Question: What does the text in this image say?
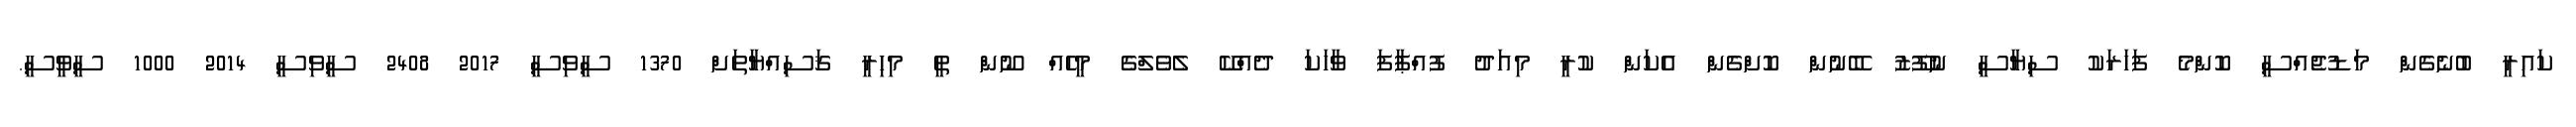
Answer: ކައިރީ ބުނެގެން މަޑުޖެއްސީ ކޮންމެ ފަހަރަކު ސިޔާސީ ނުފޫޒު ބޭނުން ކޮށްގެން އެކަން ކުރީ މިއަދު ފުއްޕާފަ ވާހަކަ ދެއްކޭ ލެވެލްގެ މީހެއް ނޫން ތީ މިހިރީ ޤަސިއްޔާތަށް 1370 ސީވިސީ 2017 2408 ސީވިސީ 2014 1000 ސީވީސީ.